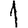
Digit: 1